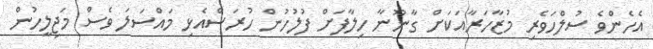
އެހެންވެ ސުލްހަވެރި މުޒާހަރާއަކަށް ގާނޫނާ ހިލާފަށް ފުލުހުން ހުރަސްއެޅި މައްސަލަ ވެސް މަޖިލީހުން